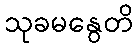
သုခမနွေတိ